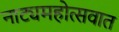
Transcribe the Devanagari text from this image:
नाट्यमहोत्सवात